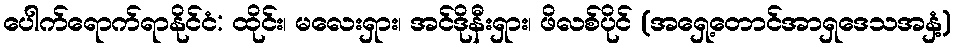
ပေါက်ရောက်ရာနိုင်ငံ: ထိုင်း၊ မလေးရှား၊ အင်ဒိုနီးရှား၊ ဖိလစ်ပိုင် (အရှေ့တောင်အာရှဒေသအနှံ့)